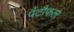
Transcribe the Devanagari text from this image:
पैंटौफल